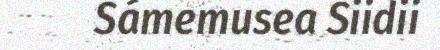
Sámemusea Siidii